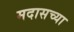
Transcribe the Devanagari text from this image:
मदासच्या